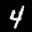
Label: 4